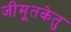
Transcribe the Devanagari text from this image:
जीमूतकेतु